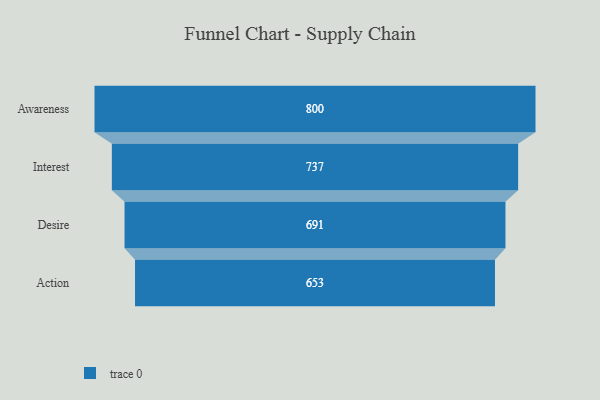
{"axis": {"x": "Stage", "y": "Value"}, "legend": [""], "data": [{"x": "Awareness", "y": 800.0, "type": ""}, {"x": "Interest", "y": 737.0, "type": ""}, {"x": "Desire", "y": 691.0, "type": ""}, {"x": "Action", "y": 653.0, "type": ""}]}